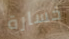
خسارة